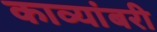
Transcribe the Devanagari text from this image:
काव्यांबरी